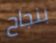
بنجاح